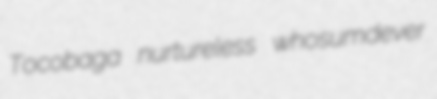
Tocobaga nurtureless whosumdever